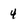
Character: 4